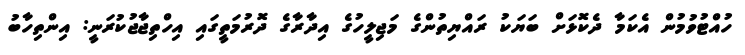
ހުއްޓުވުމުން އެކަމާ ދެކޮޅަށް ބަޔަކު ރައްޔިތުންގެ މަޖިލީހުގެ އިދާރާގެ ދޮރުމަތީގައި އިހްތިޖާޖުކުރަނީ: އިންތިހާބު